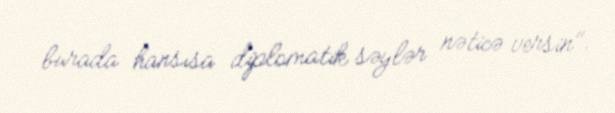
burada hansısa diplomatik səylər nəticə versin".